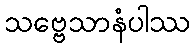
သဗ္ဗေသာနံပါဿ